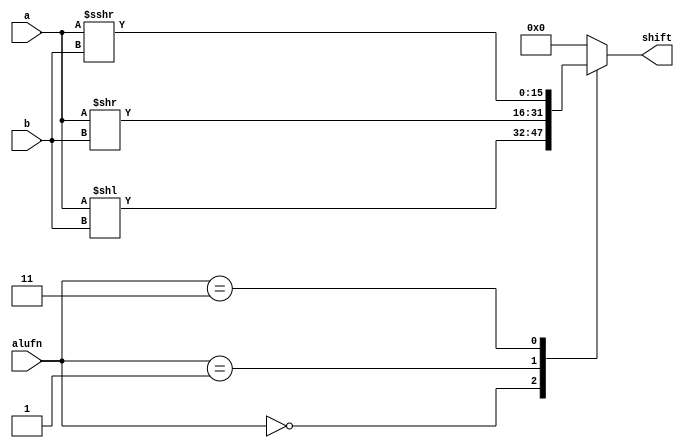
/*
   This file was generated automatically by Alchitry Labs version 1.2.0.
   Do not edit this file directly. Instead edit the original Lucid source.
   This is a temporary file and any changes made to it will be destroyed.
*/

module shiftersixteen_30 (
    input [15:0] a,
    input [3:0] b,
    input [1:0] alufn,
    output reg [15:0] shift
  );
  
  
  
  always @* begin
    
    case (alufn)
      2'h0: begin
        shift = a << b;
      end
      2'h1: begin
        shift = a >> b;
      end
      2'h3: begin
        shift = $signed(a) >>> b;
      end
      default: begin
        shift = 16'h0000;
      end
    endcase
  end
endmodule